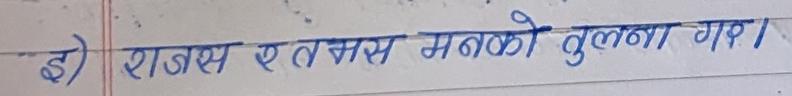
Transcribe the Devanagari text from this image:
इ) राक्षस र त्यस मनको तुलना गर।